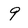
Character: 9